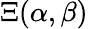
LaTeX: \Xi(\alpha,\beta)